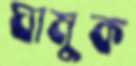
ঘামুক